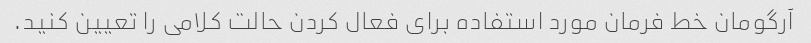
آرگومان خط فرمان مورد استفاده برای فعال کردن حالت کلامی را تعیین کنید.